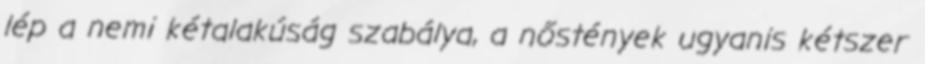
lép a nemi kétalakúság szabálya, a nőstények ugyanis kétszer